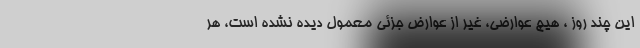
این چند روز ، هیچ عوارضی، غیر از عوارض جزئی معمول دیده نشده است، هر